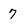
Character: 7